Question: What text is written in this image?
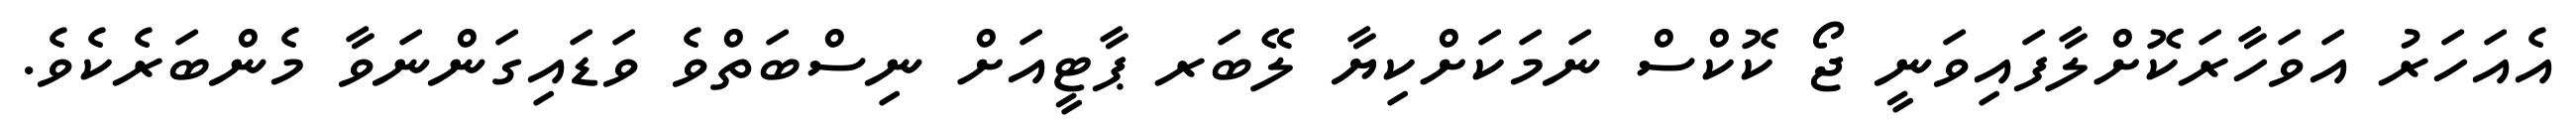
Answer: އެއަހަރު އަވަހާރަކޮށްލާފައިވަނީ ޖޯ ކޮކްސް ނަމަކަށްކިޔާ ލޭބަރ ޕާޓީއަށް ނިސްބަތްވެ ވަޑައިގަންނަވާ މެންބަރެކެވެ.